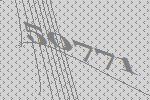
50771